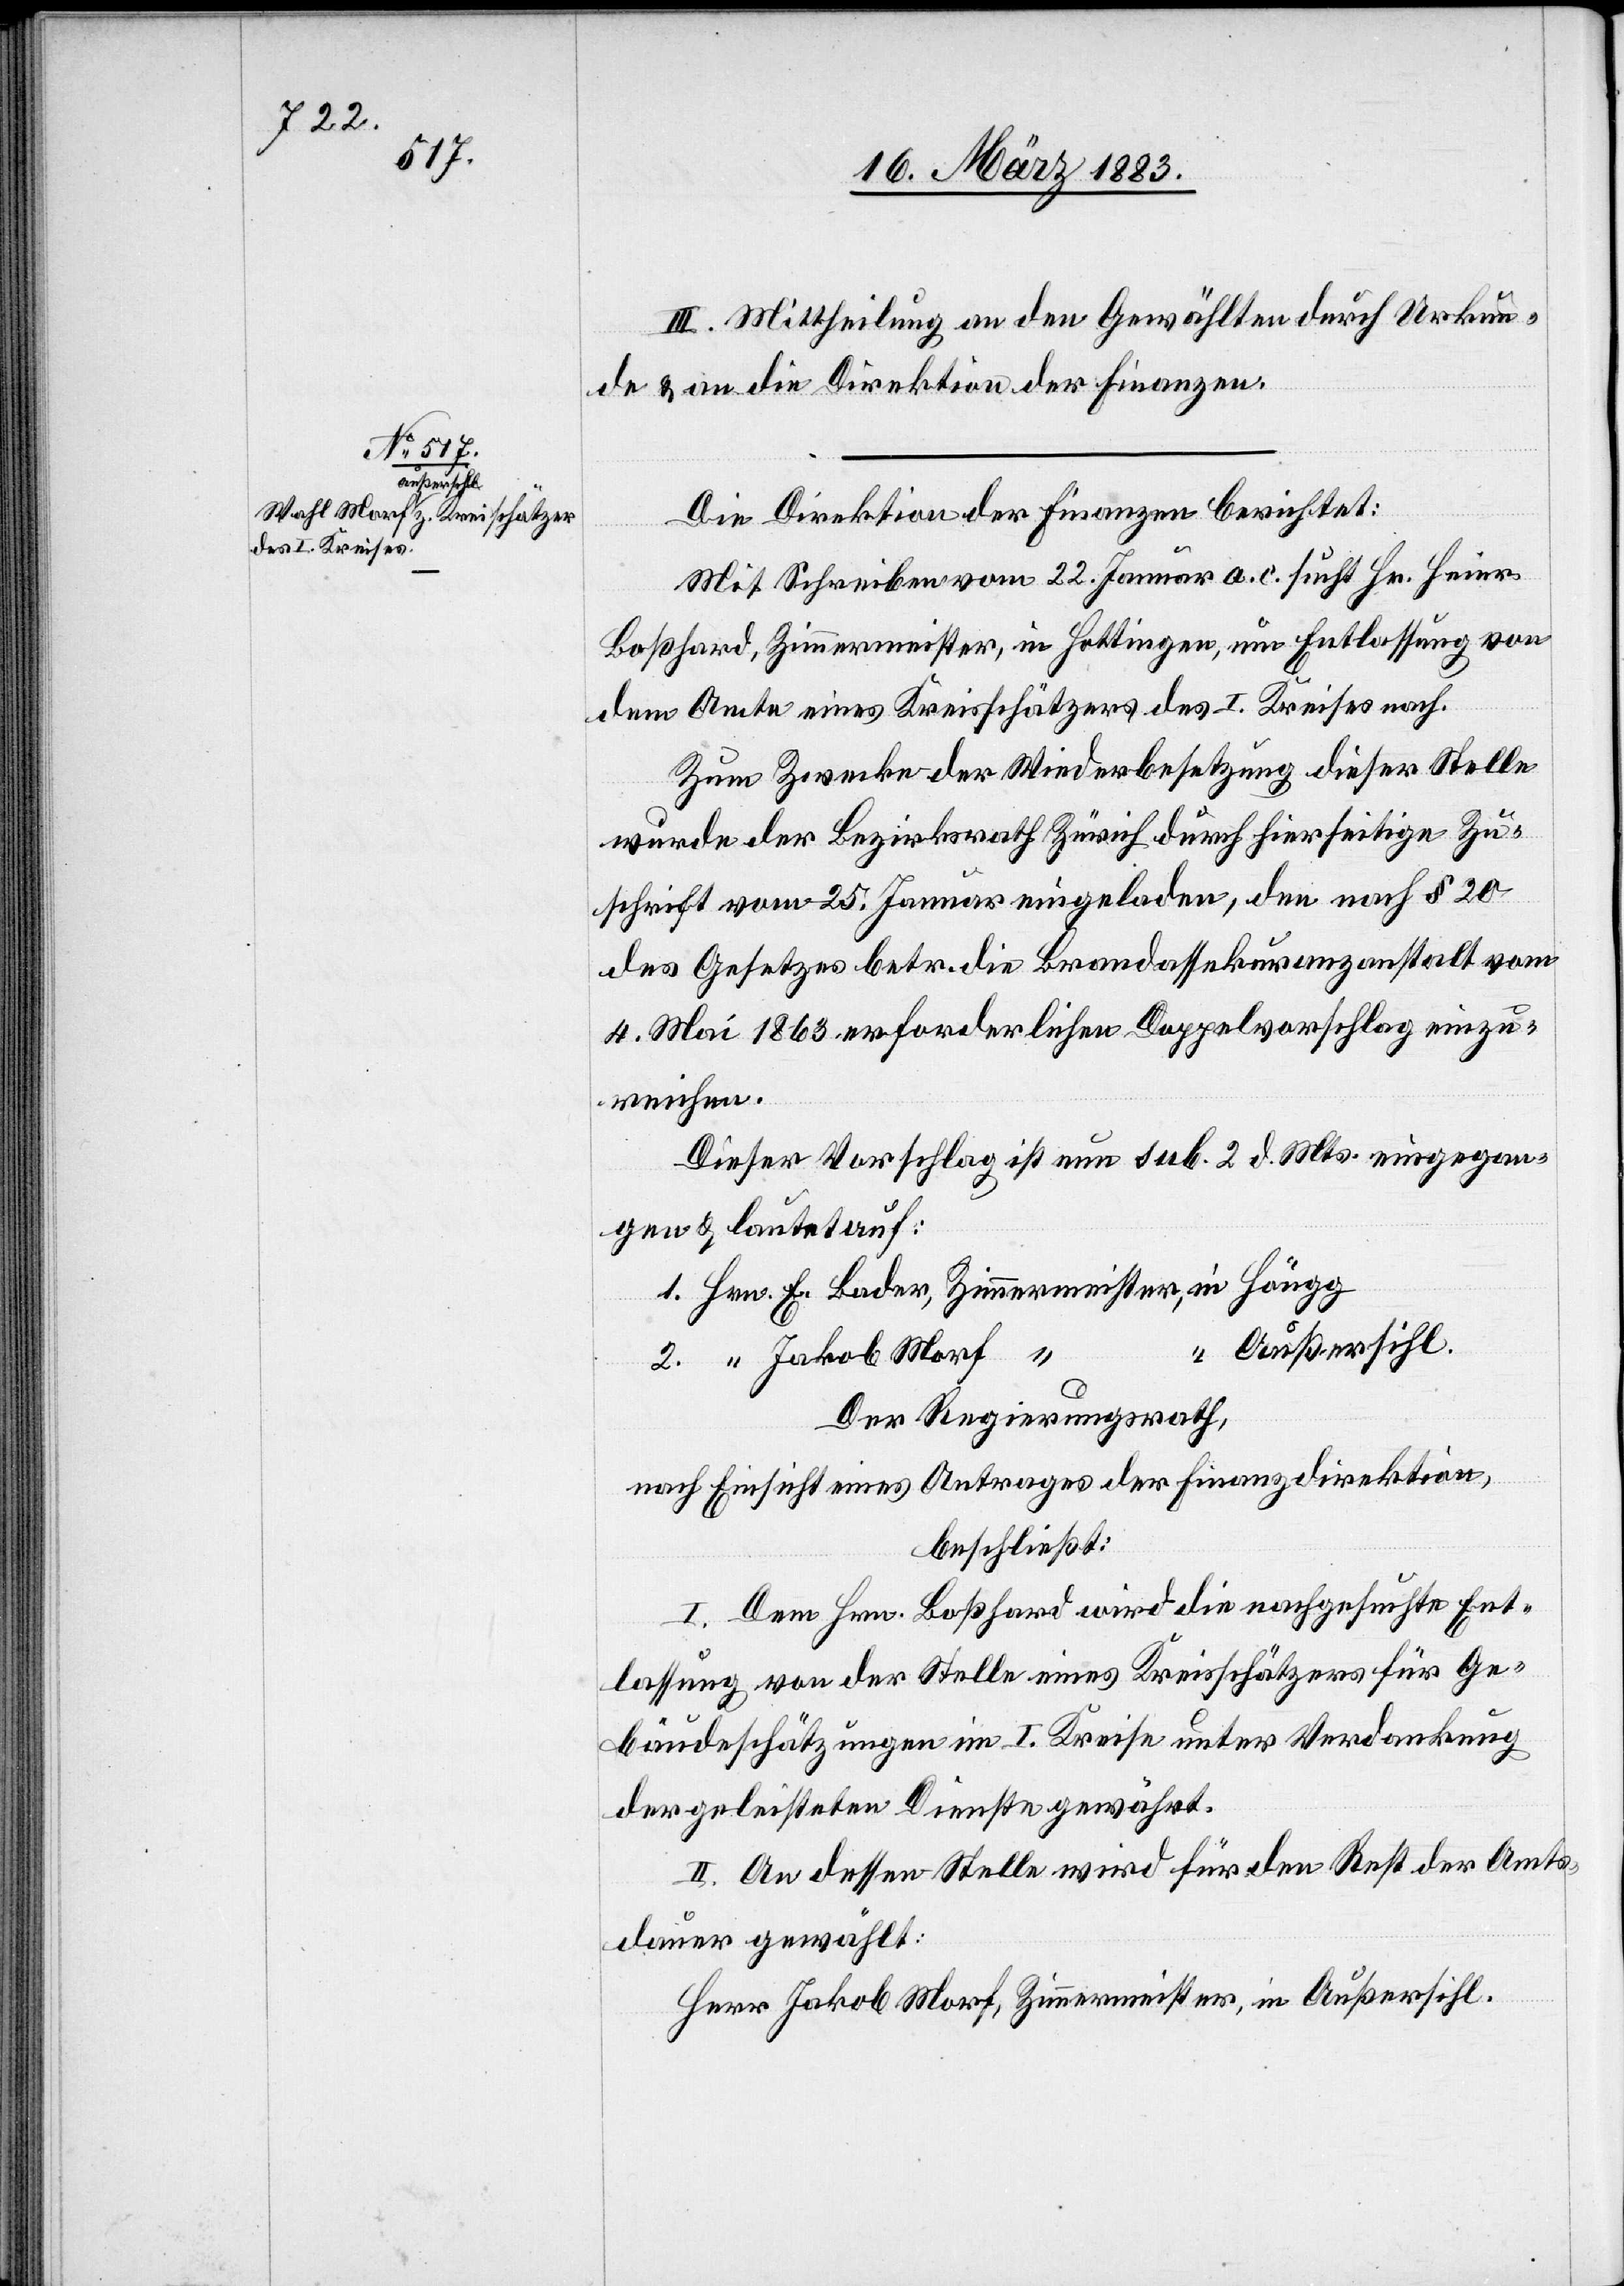
Reproduk¬

tion
I.
welchen